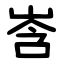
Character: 㟔